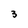
Character: 3